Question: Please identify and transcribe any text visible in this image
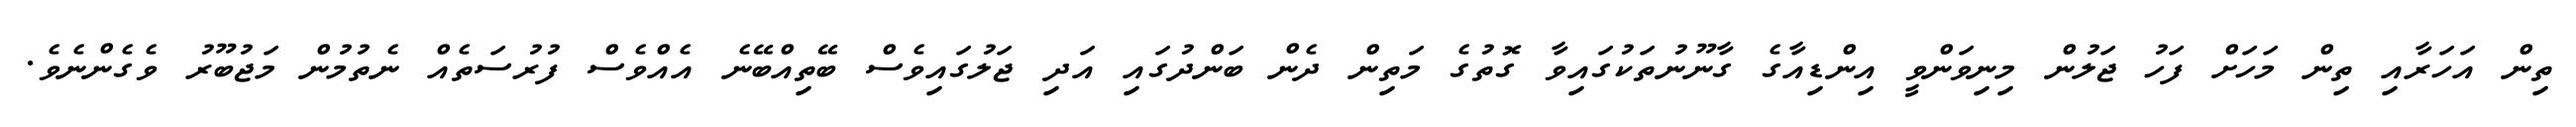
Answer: ތިން އަހަރާއި ތިން މަހަށް ފަހު ޖަލުން މިނިވަންވީ އިންޑިއާގެ ގާނޫނުތަކުގައިވާ ގޮތުގެ މަތިން ދެން ބަންދުގައި އަދި ޖަލުގައިވެސް ބޭތިއްބޭނެ އެއްވެސް ފުރުސަތެއް ނެތުމުން މަޖުބޫރު ވެގެންނެވެ.